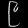
Digit: ၉